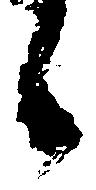
候